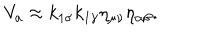
V _ { a } \approx k _ { 1 \sigma } k _ { 1 \gamma } \eta _ { \mu \nu } \eta _ { \alpha \beta } .